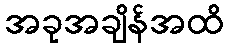
အခုအချိန်အထိ